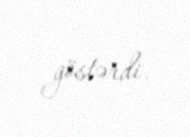
göstərdi.